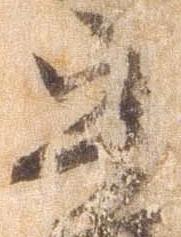
守